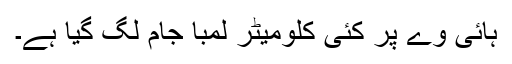
ہائی وے پر کئی کلومیٹر لمبا جام لگ گیا ہے۔